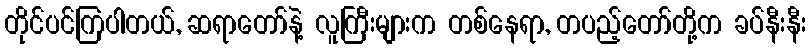
တိုင်ပင်ကြပါတယ်, ဆရာတော်နဲ့ လူကြီးများက တစ်နေရာ, တပည့်တော်တို့က ခပ်နီးနီး